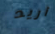
أريد